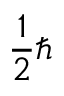
{ \frac { 1 } { 2 } } \hbar